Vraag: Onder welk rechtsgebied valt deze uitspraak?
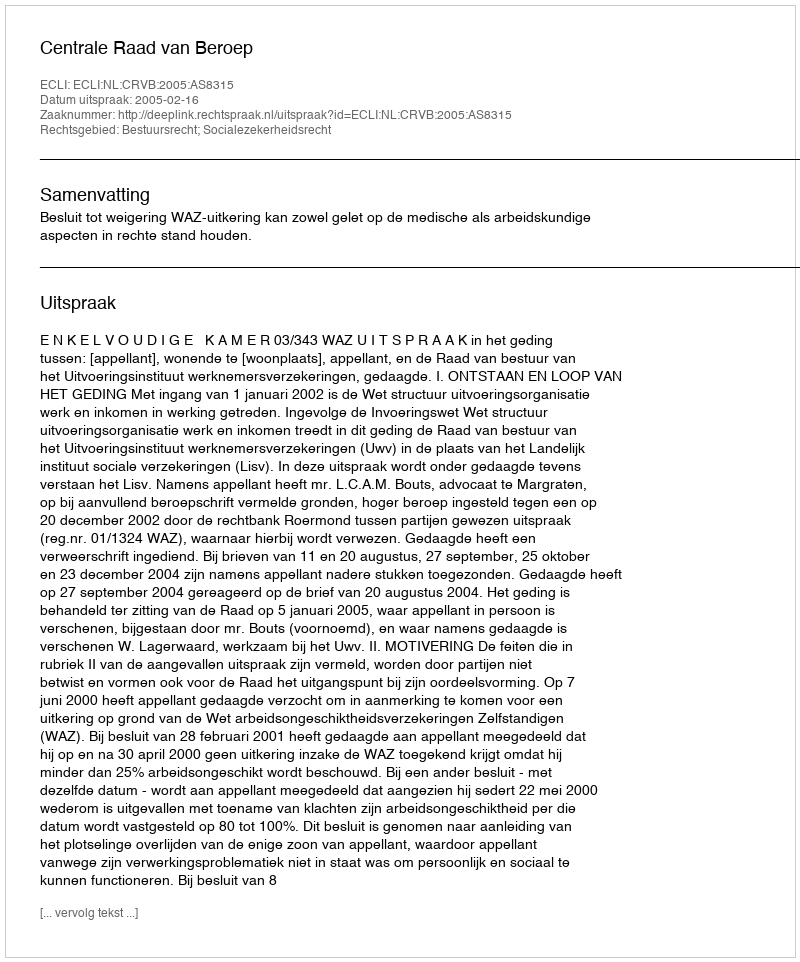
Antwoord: Bestuursrecht; Socialezekerheidsrecht